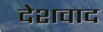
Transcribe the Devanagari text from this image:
देशवाद